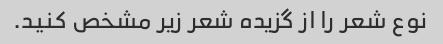
نوع شعر را از گزیده شعر زیر مشخص کنید.